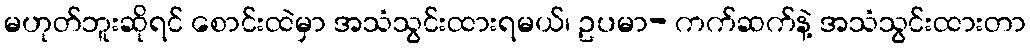
မဟုတ်ဘူးဆိုရင် စောင်းထဲမှာ အသံသွင်းထားရမယ်၊ ဥပမာ- ကက်ဆက်နဲ့ အသံသွင်းထားတာ